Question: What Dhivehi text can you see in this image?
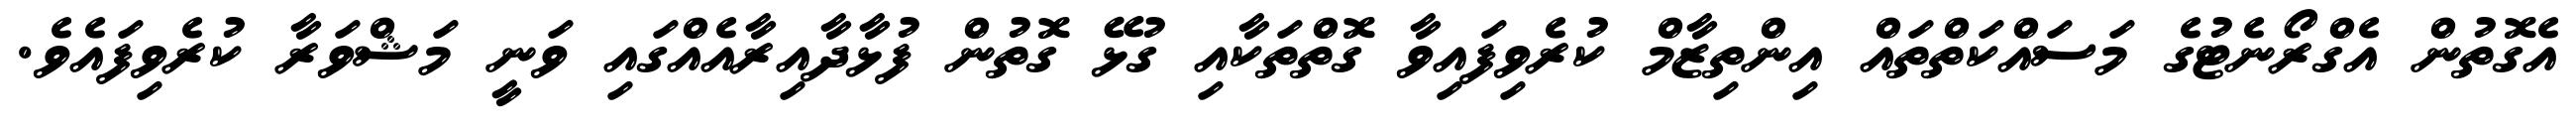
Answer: އެގޮތުން އެގްރޯނެޓުގެ މަސައްކަތްތައް އިންތިޒާމް ކުރެވިފައިވާ ގޮތްތަކާއި ގުޅޭ ގޮތުން ފުޅާދާއިރާއެއްގައި ވަނީ މަޝްވަރާ ކުރެވިފައެވެ.